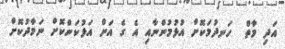
އަދި މާތް  ހަނދުމަކޮށް އުޅުމުންނާއި އެ ގެ އަށް އަޅުކަންކޮށް ނަމާދުކޮށް